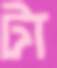
টা